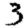
Digit: 3